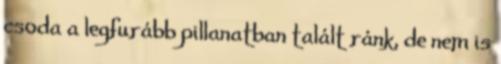
csoda a legfurább pillanatban talált ránk, de nem is